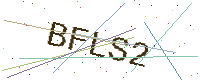
Text: BFLS2